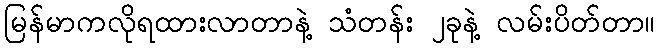
မြန်မာကလိုရထားလာတာနဲ့ သံတန်း ၂ခုနဲ့ လမ်းပိတ်တာ။